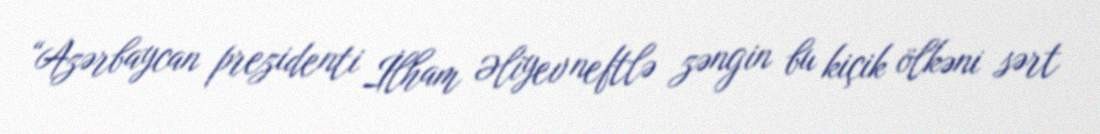
“Azərbaycan prezidenti İlham Əliyev neftlə zəngin bu kiçik ölkəni sərt